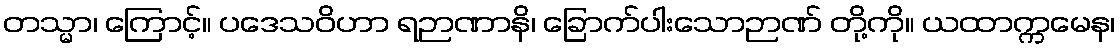
တသ္မာ၊ ကြောင့်။ ပဒေသဝိဟာ ရဉာဏာနိ၊ ခြောက်ပါးသောဉာဏ် တို့ကို။ ယထာက္ကမေန၊